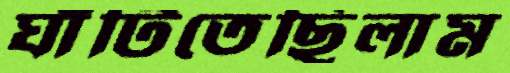
ঘাঁটিতেছিলাম